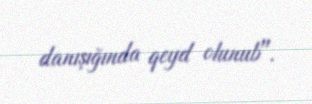
danışığında qeyd olunub".